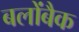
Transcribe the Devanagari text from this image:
बलोंबैक